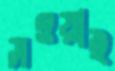
সওয়াই